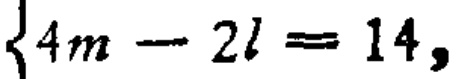
$\{4m - 2l = 14,$